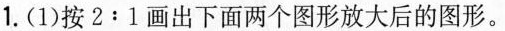
1.(1)按2:1画出下面两个图形放大后的图形。